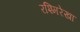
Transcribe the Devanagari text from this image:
रश्मिरेखा